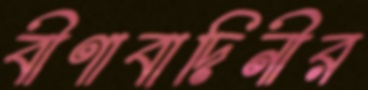
বীণাবাদিনীর